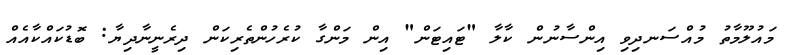
މައުލޫމާތު މުއްސަނދިވި އިންސާނުން ކާލާ "ޓައިޓަން" އިން މަންގާ ކުރެހުންތެރިކަން ދިރެނީނާދިޔާ: ބޮޑުކައްކާއެއް